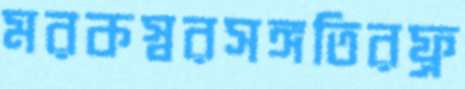
মরকস্বরসঙ্গতিরফ্র